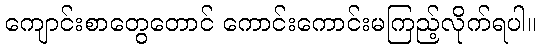
ကျောင်းစာတွေတောင် ကောင်းကောင်းမကြည့်လိုက်ရပါ။